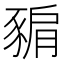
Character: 𧱚